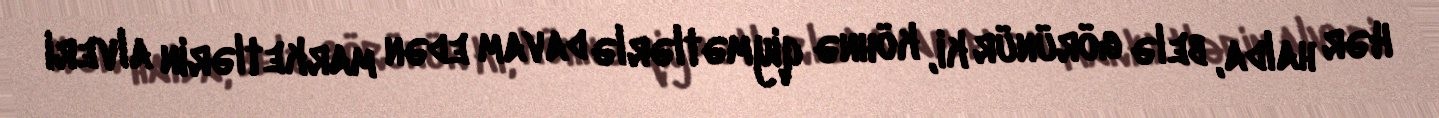
Hər halda, belə görünür ki, köhnə qiymətlərlə davam edən marketlərin alveri